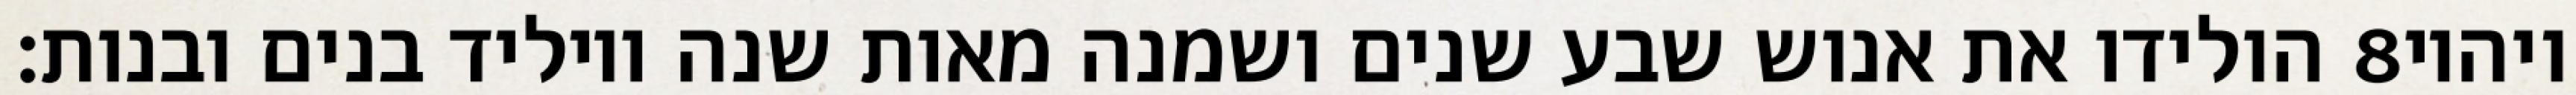
הולידו את אנוש שבע שנים ושמנה מאות שנה ויוליד בנים ובנות׃ ‎8‏ ויהיו